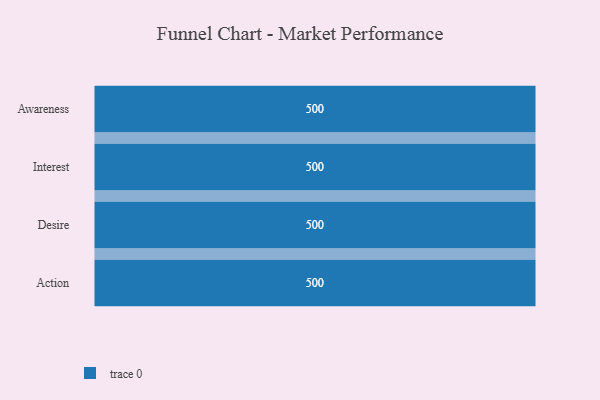
{"axis": {"x": "Stage", "y": "Value"}, "legend": [""], "data": [{"x": "Awareness", "y": 500, "type": ""}, {"x": "Interest", "y": 500, "type": ""}, {"x": "Desire", "y": 500, "type": ""}, {"x": "Action", "y": 500, "type": ""}]}